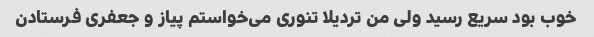
خوب بود سریع رسید ولی من تردیلا تنوری می‌خواستم پیاز و جعفری فرستادن